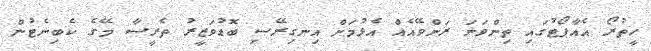
ހީތުރޯ އެއާޕޯޓުގައި ތިންވަނަ ރަންވޭއެއް އެޅުމަށް އިނގިރޭސި ބޮޑުވަޒީރު ތެރީސާ މޭގެ ކެބިނެޓުން